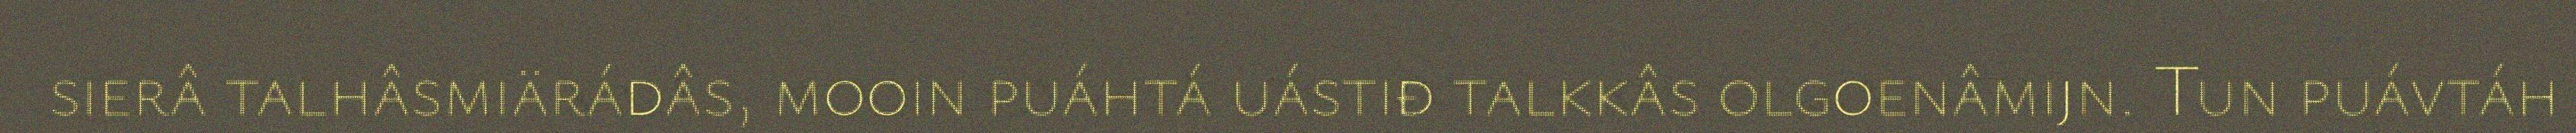
sierâ talhâsmiärádâs, mooin puáhtá uástiđ talkkâs olgoenâmijn. Tun puávtáh